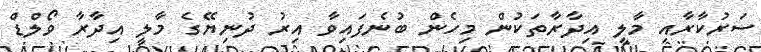
ސަރުކާރާއި މާލީ އިދާރާތަކުން މިހެން ބުނެފައިވާ އިރު ދުނިޔޭގެ މާލީ އިދާރާ ވޯލްޑް